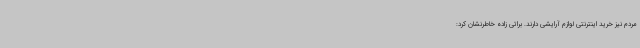
مردم نیز خرید اینترنتی لوازم آرایشی دارند. براتی زاده خاطرنشان کرد: